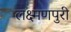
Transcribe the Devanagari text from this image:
लक्ष्मणपुरी